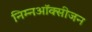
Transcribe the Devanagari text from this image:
निम्नऑक्सीजन